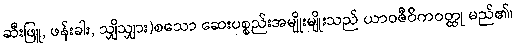
ဆီးဖြူ, ဖန်းခါး, သျှိသျှား)စသော ဆေးပစ္စည်းအမျိုးမျိုးသည် ယာဝဇီဝိကဝတ္ထု မည်၏၊